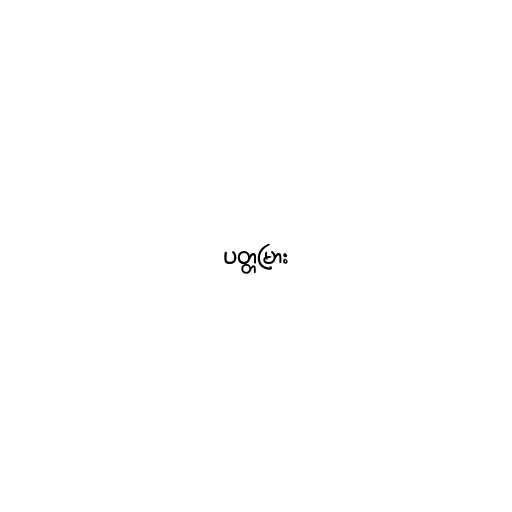
ပတ္တမြား